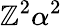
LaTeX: \mathbb{Z}^{2}\alpha^{2}